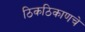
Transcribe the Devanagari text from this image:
ठिकठिकाणचे